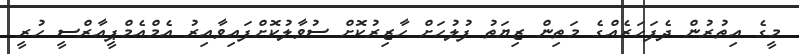
މީގެ އިތުރުން ދެފަހަރެއްގެ މަތިން ޒިޔަތު ފުލުހަށް ހާޒިރުކޮށް ސުވާލުކޮށްފައިވާއިރު އެމްއެމްޕީއާރްސީ ހުރީ